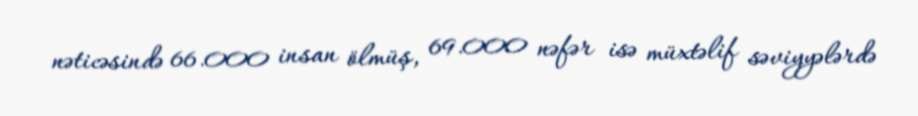
nəticəsində 66.000 insan ölmüş, 69.000 nəfər isə müxtəlif səviyyələrdə